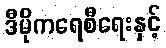
ဒီမိုကရေစီရေးနှင့်